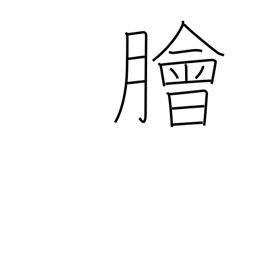
Meaning: raw fish salad